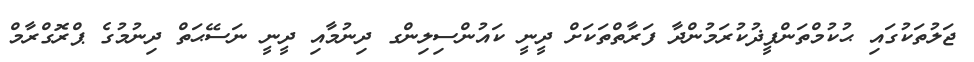
ޖަލުތަކުގައި ޙުކުމްތަންފީޛުކުރަމުންދާ ފަރާތްތަކަށް ދީނީ ކައުންސިލިންގ ދިނުމާއި ދީނީ ނަސޭޙަތް ދިނުމުގެ ޕްރޮގްރާމް